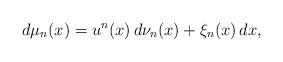
LaTeX: \begin{align*}d\mu_n(x)=u^n(x)\,d\nu_n(x)+\xi_n(x)\,dx,\end{align*}